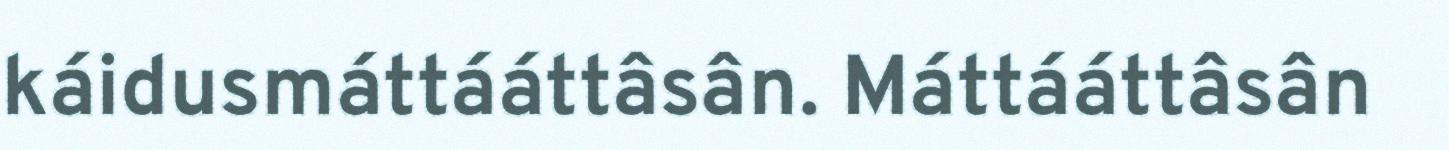
káidusmáttááttâsân. Máttááttâsân